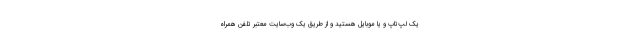
یک لپ‌تاپ و یا موبایل هستید و از طریق یک وب‌سایت معتبر تلفن همراه